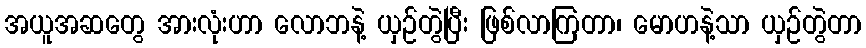
အယူအဆတွေ အားလုံးဟာ လောဘနဲ့ ယှဉ်တွဲပြီး ဖြစ်လာကြတာ၊ မောဟနဲ့သာ ယှဉ်တွဲတာ